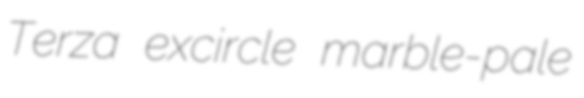
Terza excircle marble-pale